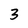
Character: 3